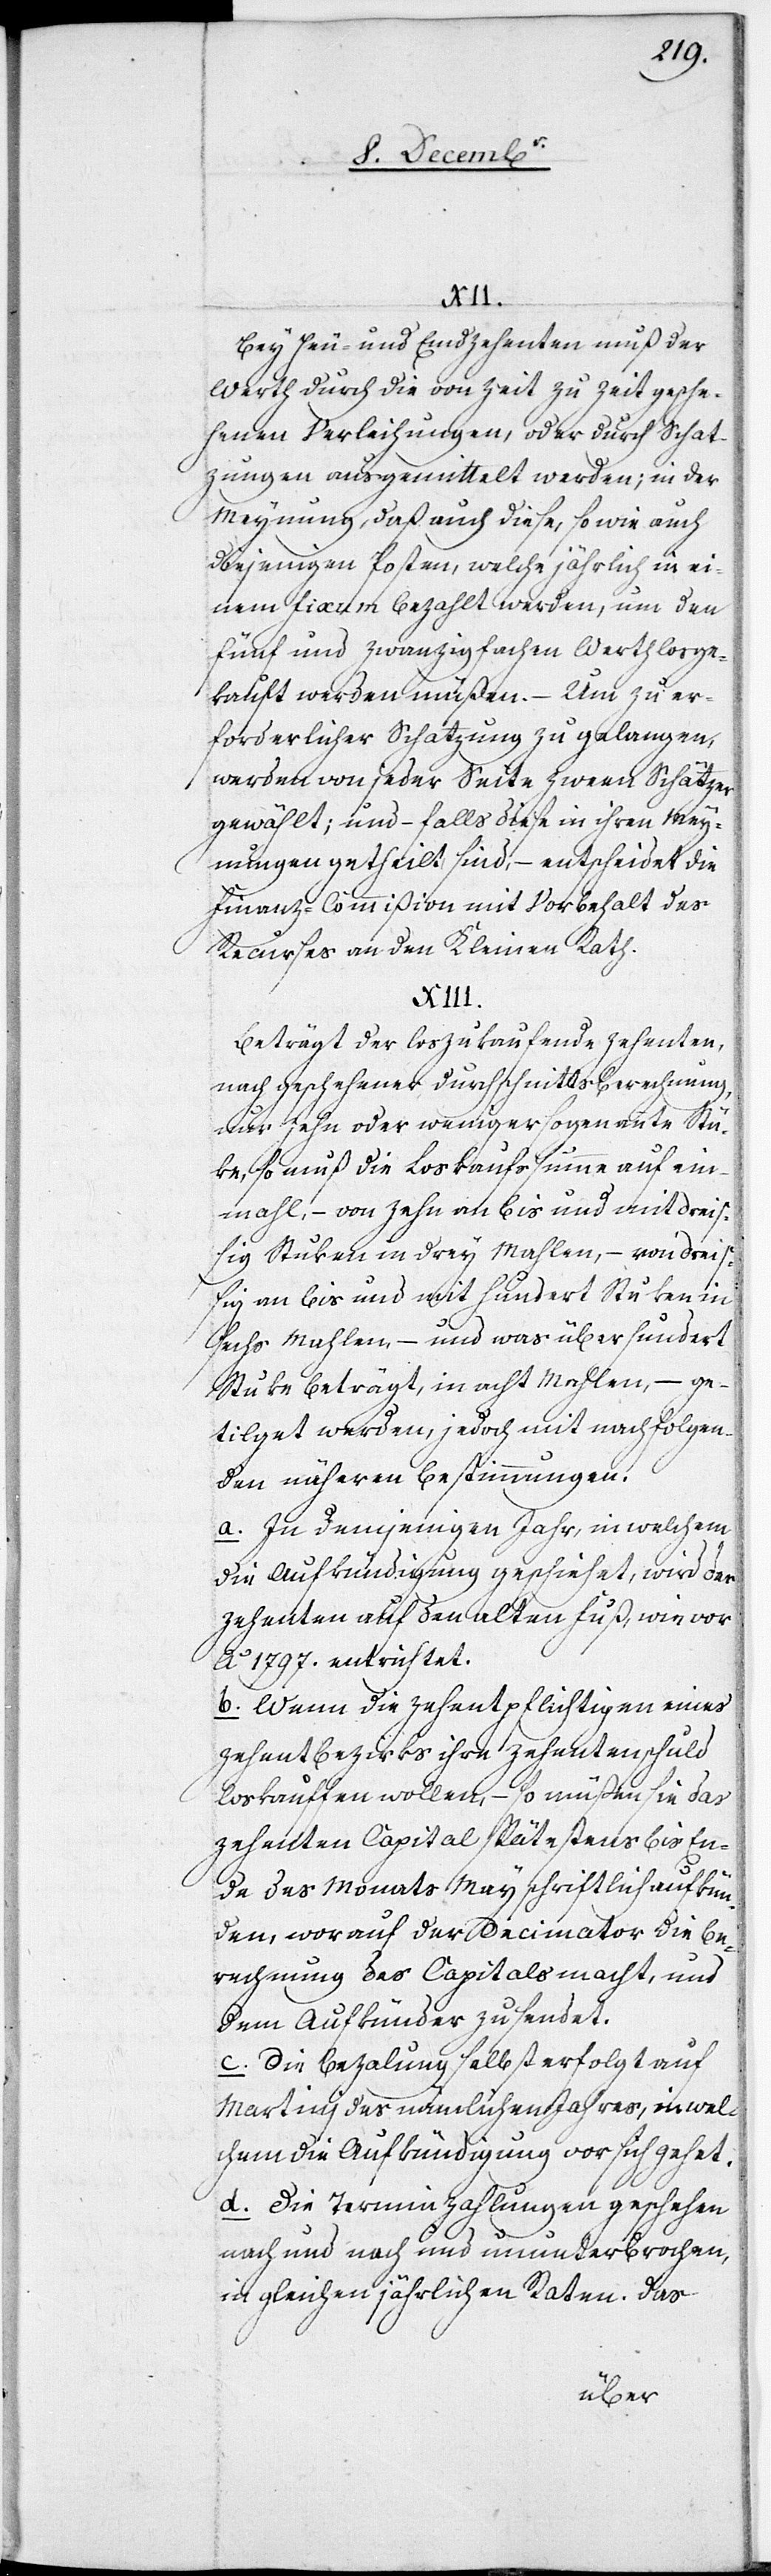
Bey Heu- und Emdzehenten muß der
Werth durch die von Zeit zu Zeit gesche¬
henen Verleihungen, oder durch Schat¬
zungen ausgemittelt werden; in der
Meynung, daß auch diese, so wie auch
diejenigen Posten, welche jährlich in ei¬
nem Fixum bezahlt werden, um den
fünf und zwanzigfachen Werth losge¬
kauft werden müßen. – Um zu er¬
forderlicher Schatzung zu gelangen,
werden von jeder Seite zween Schätzer
gewählt; und – falls diese in ihren Mey¬
nungen getheilt sind, – entscheidet die
Finanz-Commißion mit Vorbehalt des
Recurses an den Kleinen Rath.
Beträgt der loszukaufende Zehenten,
nach geschehener Durchschnittsberechnung,
nur zehn oder weniger sogenannte Stü¬
ke, so muß die Loskaufssumme auf ein¬
mahl; – von zehn an bis und mit dreiß¬
ig Stuken in drey Mahlen, – von dreiß¬
ig an bis und mit hundert Stuken in
sechs Mahlen; – und was über hundert
Stuke beträgt, in acht Mahlen; – ge¬
tilget werden, jedoch mit nachfolgen¬
den näheren Bestimmungen.
a. In demjenigen Jahr, in welchem
die Aufkündigung geschiehet, wird der
Zehenten auf den alten Fuß, wie vor
Ao 1797. entrichtet.
b. Wenn die Zehentpflichtigen eines
Zehentbezirks ihre Zehentschuld
loskaufen wollen, – so müßen sie das
Zehenten[-]Capital spätestens bis En¬
de des Monats May schriftlich aufkün¬
den, worauf der Decimator die Be¬
rechnung des Capitals macht, und
dem Aufkünder zusendet.
c. Die Bezahlung selbst erfolgt auf
Martini des nämlichen Jahres, in wel¬
chem die Aufkündigung vor sich gehet.
d. Die Terminzahlungen geschehen
nach und nach und ununterbrochen,
in gleichen jährlichen Raten. Das